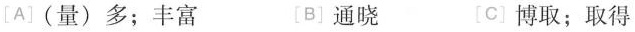
[A]（量）多；丰富 [B]通晓 [c]博取；取得